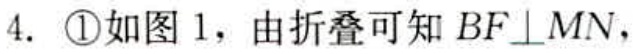
4. \textcircled{1}如图1，由折叠可知 \(BF\perp MN\)，